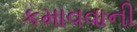
કમાવવાની